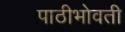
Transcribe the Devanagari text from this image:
पाठीभोवती